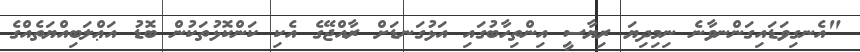
"އެނގިވަޑައިގަންނވާނެ ނިމިދިޔަ ރިޔާސީ އިންތިހާބުގައި އަޅުގަނޑަށް ރާއްޖޭގެ އެކި ކަންކޮޅުތަކުން ބޮޑު އަޢްލަބިއްޔަތެއްގެ